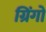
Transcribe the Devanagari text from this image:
ग्रिंगो